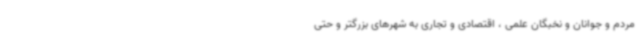
مردم و جوانان و نخبگان علمی ، اقتصادی و تجاری به شهرهای بزرگتر و حتی